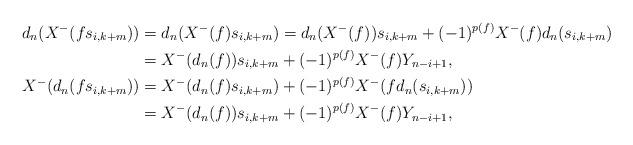
LaTeX: \begin{align*}d_n(X^-(fs_{i,k+m})) &= d_n(X^-(f)s_{i,k+m} ) = d_n(X^-(f))s_{i,k+m} + (-1)^{p(f)} X^-(f) d_n(s_{i,k+m}) \\ &= X^-(d_n(f))s_{i,k+m} + (-1)^{p(f)}X^-(f)Y_{n-i+1} , \\X^-(d_n(fs_{i,k+m})) &= X^-(d_n(f)s_{i,k+m}) + (-1)^{p(f)} X^-(f d_n(s_{i,k+m})) \\&= X^-(d_n(f))s_{i,k+m} + (-1)^{p(f)} X^-(f)Y_{n-i+1},\end{align*}